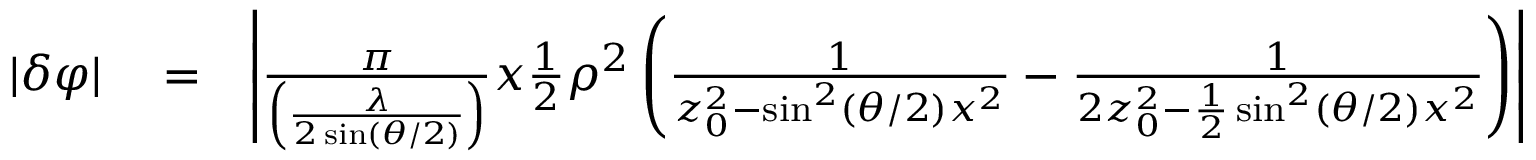
\begin{array} { r l r } { | \delta \varphi | } & { { } = } & { \left| \frac { \pi } { \left( \frac { \lambda } { 2 \sin ( \theta / 2 ) } \right) } x \frac { 1 } { 2 } \rho ^ { 2 } \left( \frac { 1 } { z _ { 0 } ^ { 2 } - \sin ^ { 2 } ( \theta / 2 ) x ^ { 2 } } - \frac { 1 } { 2 z _ { 0 } ^ { 2 } - \frac { 1 } { 2 } \sin ^ { 2 } ( \theta / 2 ) x ^ { 2 } } \right) \right| } \end{array}